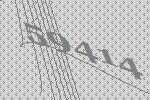
59414